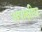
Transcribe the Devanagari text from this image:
अपाक्षीय